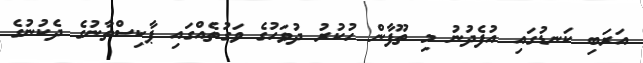
އަރަބި ކަނޑުގައި އުފެދުނު މި ތޫފާން ހުކުރު ދުވަހުގެ ވަގުތެއްގައި ޕާކިސްތާނުގެ ދެކުނުގެ